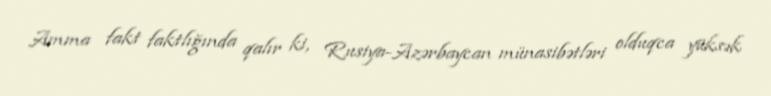
Amma fakt faktlığında qalır ki, Rusiya-Azərbaycan münasibətləri olduqca yüksək